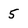
Character: 5